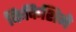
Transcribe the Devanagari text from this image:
किकिशिगे